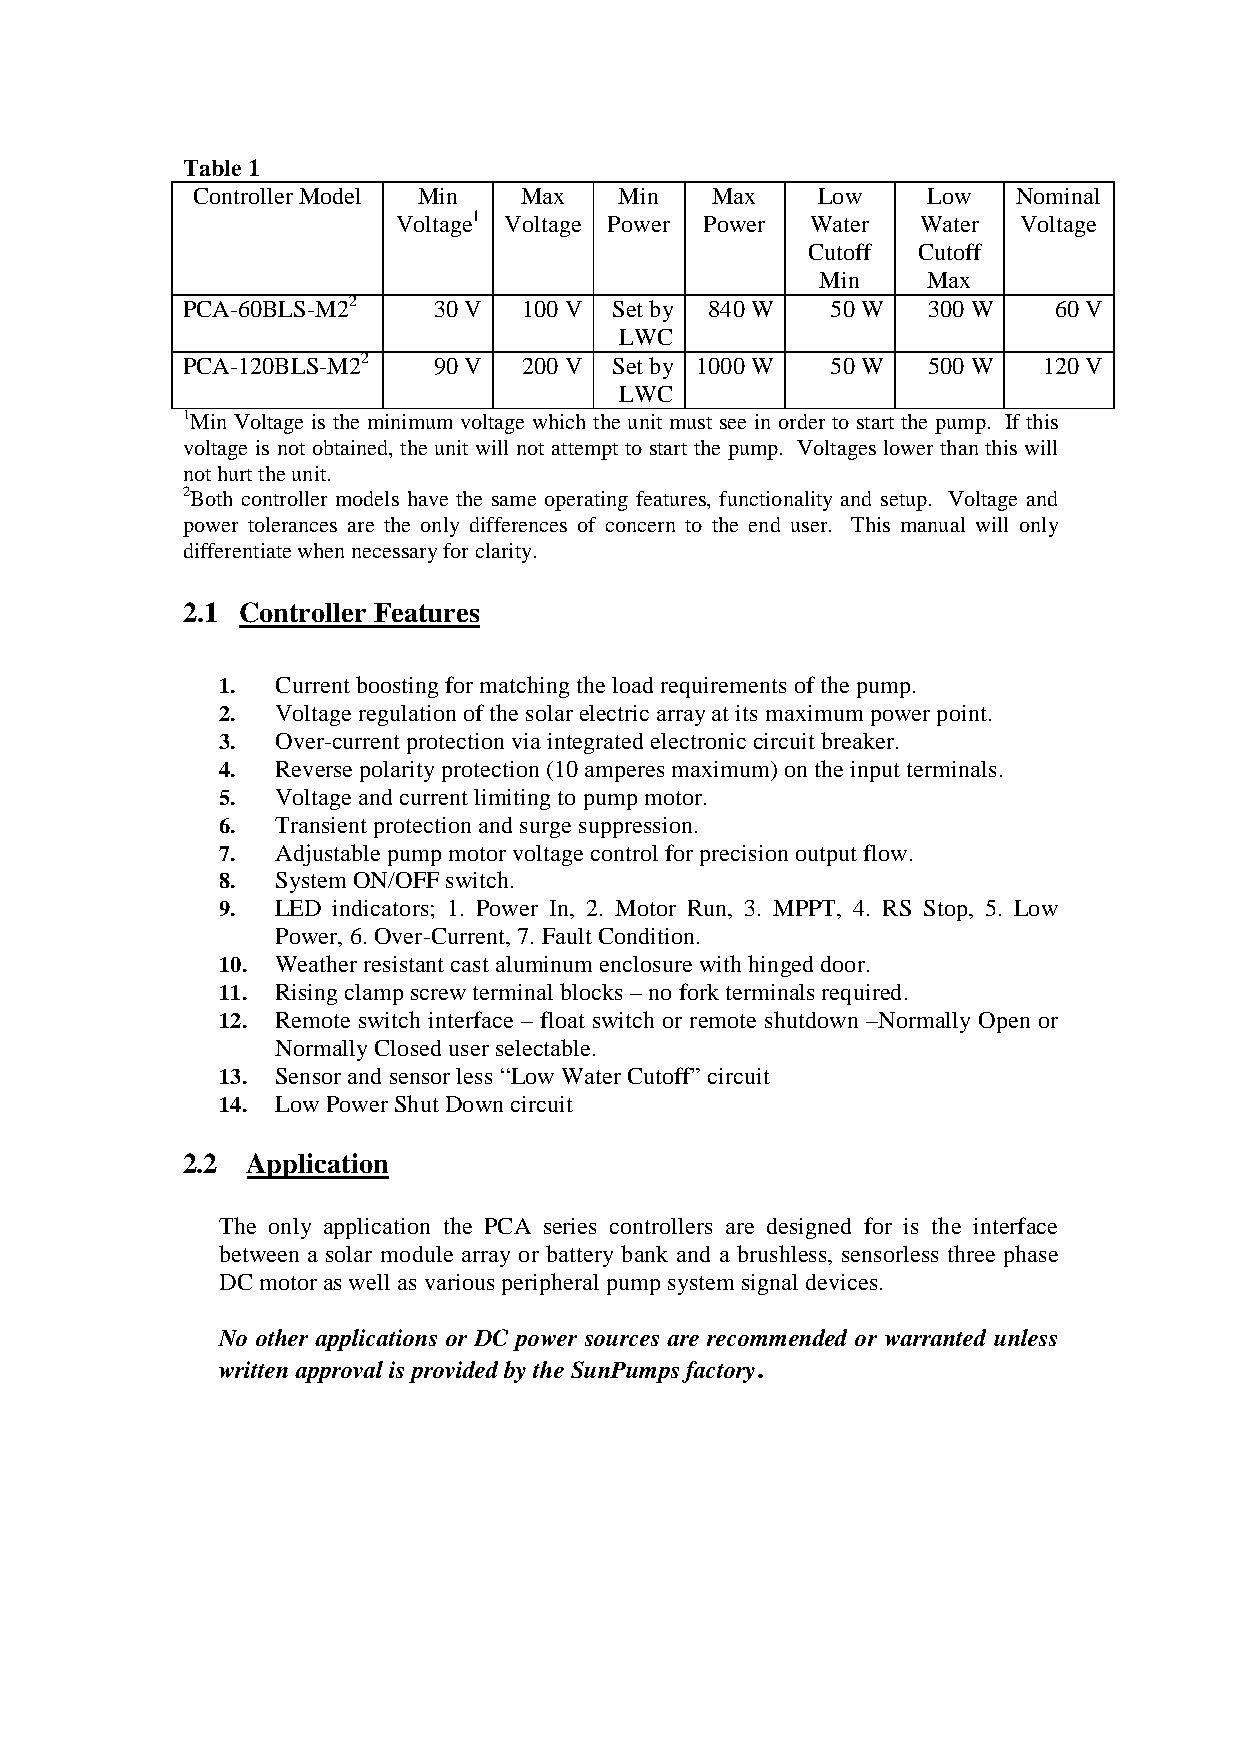
Table1
 ControllerModel Min  Max    Min   Max    Low    Low   Nominal
 Voltage1 Voltage Power Power Water Water  Voltage
 Cutoff  Cutoff
 Min    Max
 PCA-60BLS-M22    30V   100V  Setby 840 W   50 W  300 W    60V
 LWC
 PCA-120BLS-M22   90V   200V  Setby 1000 W  50 W  500 W   120V
 LWC
 1Min Voltage is the minimum voltage which the unit must see in order to start the pump. If this
 voltage is not obtained, the unit will not attempt to start the pump. Voltages lower than this will
 nothurttheunit.
 2Both controller models have the same operating features, functionality and setup. Voltage and
 power tolerances are the only differences of concern to the end user. This manual will only
 differentiatewhennecessaryforclarity.
 2.1 Controller Features
 1.  Currentboostingformatchingtheloadrequirementsofthepump.
 2.  Voltageregulationofthesolarelectricarrayatits maximumpowerpoint.
 3.  Over-currentprotectionviaintegratedelectronic circuitbreaker.
 4.  Reversepolarityprotection(10amperesmaximum)ontheinputterminals.
 5.  Voltageandcurrentlimitingtopump motor.
 6.  Transientprotectionand surgesuppression.
 7.  Adjustablepump motor voltagecontrolforprecisionoutputflow.
 8.  SystemON/OFFswitch.
 9.  LED indicators; 1. Power In, 2. Motor Run, 3. MPPT, 4. RS Stop, 5. Low
 Power,6.Over-Current,7. FaultCondition.
 10. Weatherresistantcastaluminumenclosurewithhingeddoor.
 11. Risingclampscrewterminalblocks–noforkterminalsrequired.
 12. Remote switch interface – float switch or remote shutdown –Normally Open or
 NormallyCloseduserselectable.
 13. Sensor andsensorless “Low WaterCutoff”circuit
 14. LowPowerShutDowncircuit
 2.2 Application
 The only application the PCA series controllers are designed for is the interface
 between a solar module array or battery bank and a brushless, sensorless three phase
 DC motoras wellas variousperipheralpumpsystemsignaldevices.
 No other applications or DC power sources are recommended or warranted unless
 writtenapprovalisprovidedbytheSunPumpsfactory.